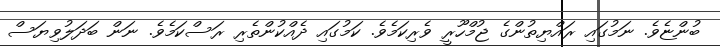
ބުންޏެވެ. ނަމުގައި ރައްޔިތުންގެ ޖުމްހޫރީ ވެރިކަމެވެ. ކަމުގައި ދެއްކުންތެރި ރަސްކަމެވެ. ނަން ބަދަލުވިޔަސް